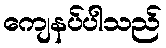
ကျေနပ်ပါသည်